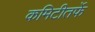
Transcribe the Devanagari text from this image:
कमिटीतर्फे